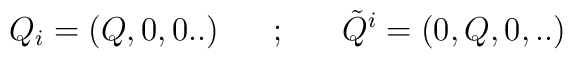
Q_i = (Q,0,0..) ~~~~~;~~~~~{\tilde Q}^i=(0,Q,0,..)